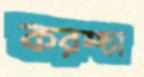
করম্‌চা